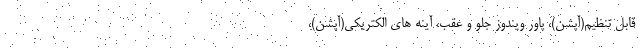
قابل تنظیم(آپشن)، پاور ویندوز جلو و عقب، آینه های الکتریکی(آپشن)،